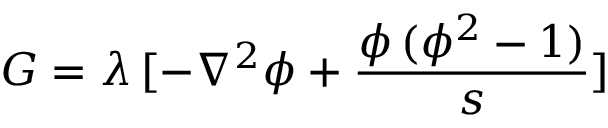
G = \lambda \, [ - { \nabla ^ { 2 } } \phi + \frac { { \phi \, ( { \phi ^ { 2 } } - 1 ) } } { s } ]